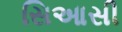
સિઆસી